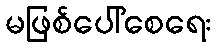
မဖြစ်ပေါ်စေရေး